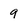
Character: 9